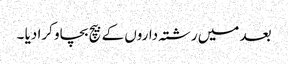
بعد میں رشتہ داروں کے بیچ بچاو کرا دیا ۔